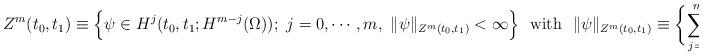
LaTeX: \begin{align*}Z^m(t_0, t_1) \equiv \Bigl\{ \psi \in H^j(t_0, t_1; H^{m-j}(\Omega));~j=0,\cdots,m,\ \|\psi\|_{Z^m(t_0, t_1)} < \infty \Bigr\}\ \ \mbox{with}\ \ \|\psi\|_{Z^m(t_0, t_1)} \equiv \biggl\{ \sum_{j=0}^m \|\psi\|_{H^j(t_0,t_1; H^{m-j}(\Omega))}^2 \biggr\}^{1/2},\end{align*}